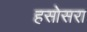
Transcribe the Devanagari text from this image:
हसोसरा